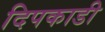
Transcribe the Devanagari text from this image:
दिपकाडी